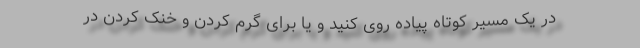
در یک مسیر کوتاه پیاده‌ روی کنید و یا برای گرم کردن و خنک کردن در